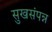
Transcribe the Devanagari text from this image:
सुखसंपन्न